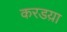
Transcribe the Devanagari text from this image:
करडय़ा